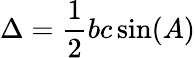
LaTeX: \Delta={\frac{1}{2}}bc\sin(A)